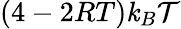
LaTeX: (4-2RT)\mathit{k}_{B}\mathcal{{T}}